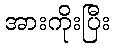
အားကိုးပြီး